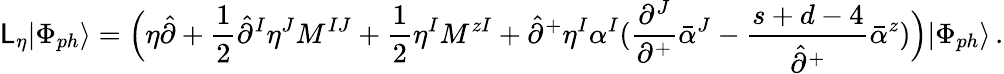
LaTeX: {\cal\mathsf{L}}_{\eta}|\Phi_{ph}\rangle=\Bigl(\eta\hat{{\partial}}+\frac{{1}}{{2}}\hat{{\partial}}^{I}\eta^{J}M^{IJ}+\frac{{1}}{{2}}\eta^{I}M^{zI}+\hat{{\partial}}^{+}\eta^{I}\alpha^{I}(\frac{{\partial^{J}}}{{\partial^{+}}}\bar{{\alpha}}^{J}-\frac{{s+d-4}}{{\hat{{\partial}}^{+}}}\bar{{\alpha}}^{z})\Bigr)|\Phi_{ph}\rangle\, .